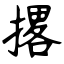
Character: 撂